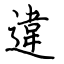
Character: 違